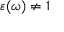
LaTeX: \varepsilon ( \omega ) \neq 1